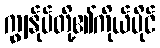
ကျွန်ုပ်တို့၏ကိုယ်ပိုင်